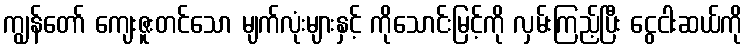
ကျွန်တော် ကျေးဇူးတင်သော မျက်လုံးများနှင့် ကိုသောင်းမြင့်ကို လှမ်းကြည့်ပြီး ငွေငါးဆယ်ကို